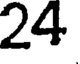
24